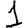
Digit: 1